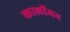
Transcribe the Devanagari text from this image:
कार्लोमन